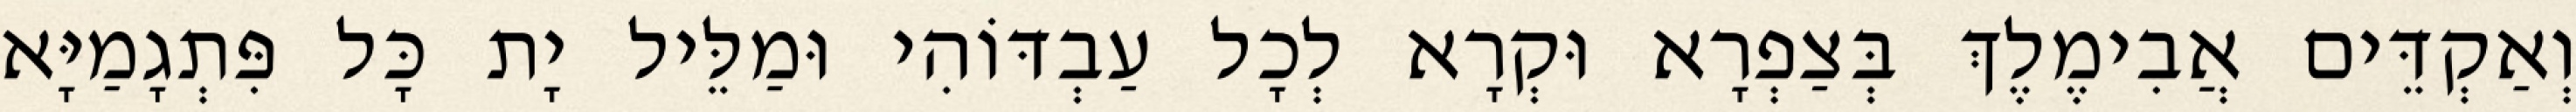
וְאַקְדֵּים אֲבִימֶלֶךְ בְּצַפְרָא וּקְרָא לְכָל עַבְדּוֹהִי וּמַלֵּיל יָת כָּל פִּתְגָמַיָּא